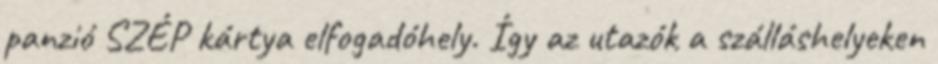
panzió SZÉP kártya elfogadóhely. Így az utazók a szálláshelyeken